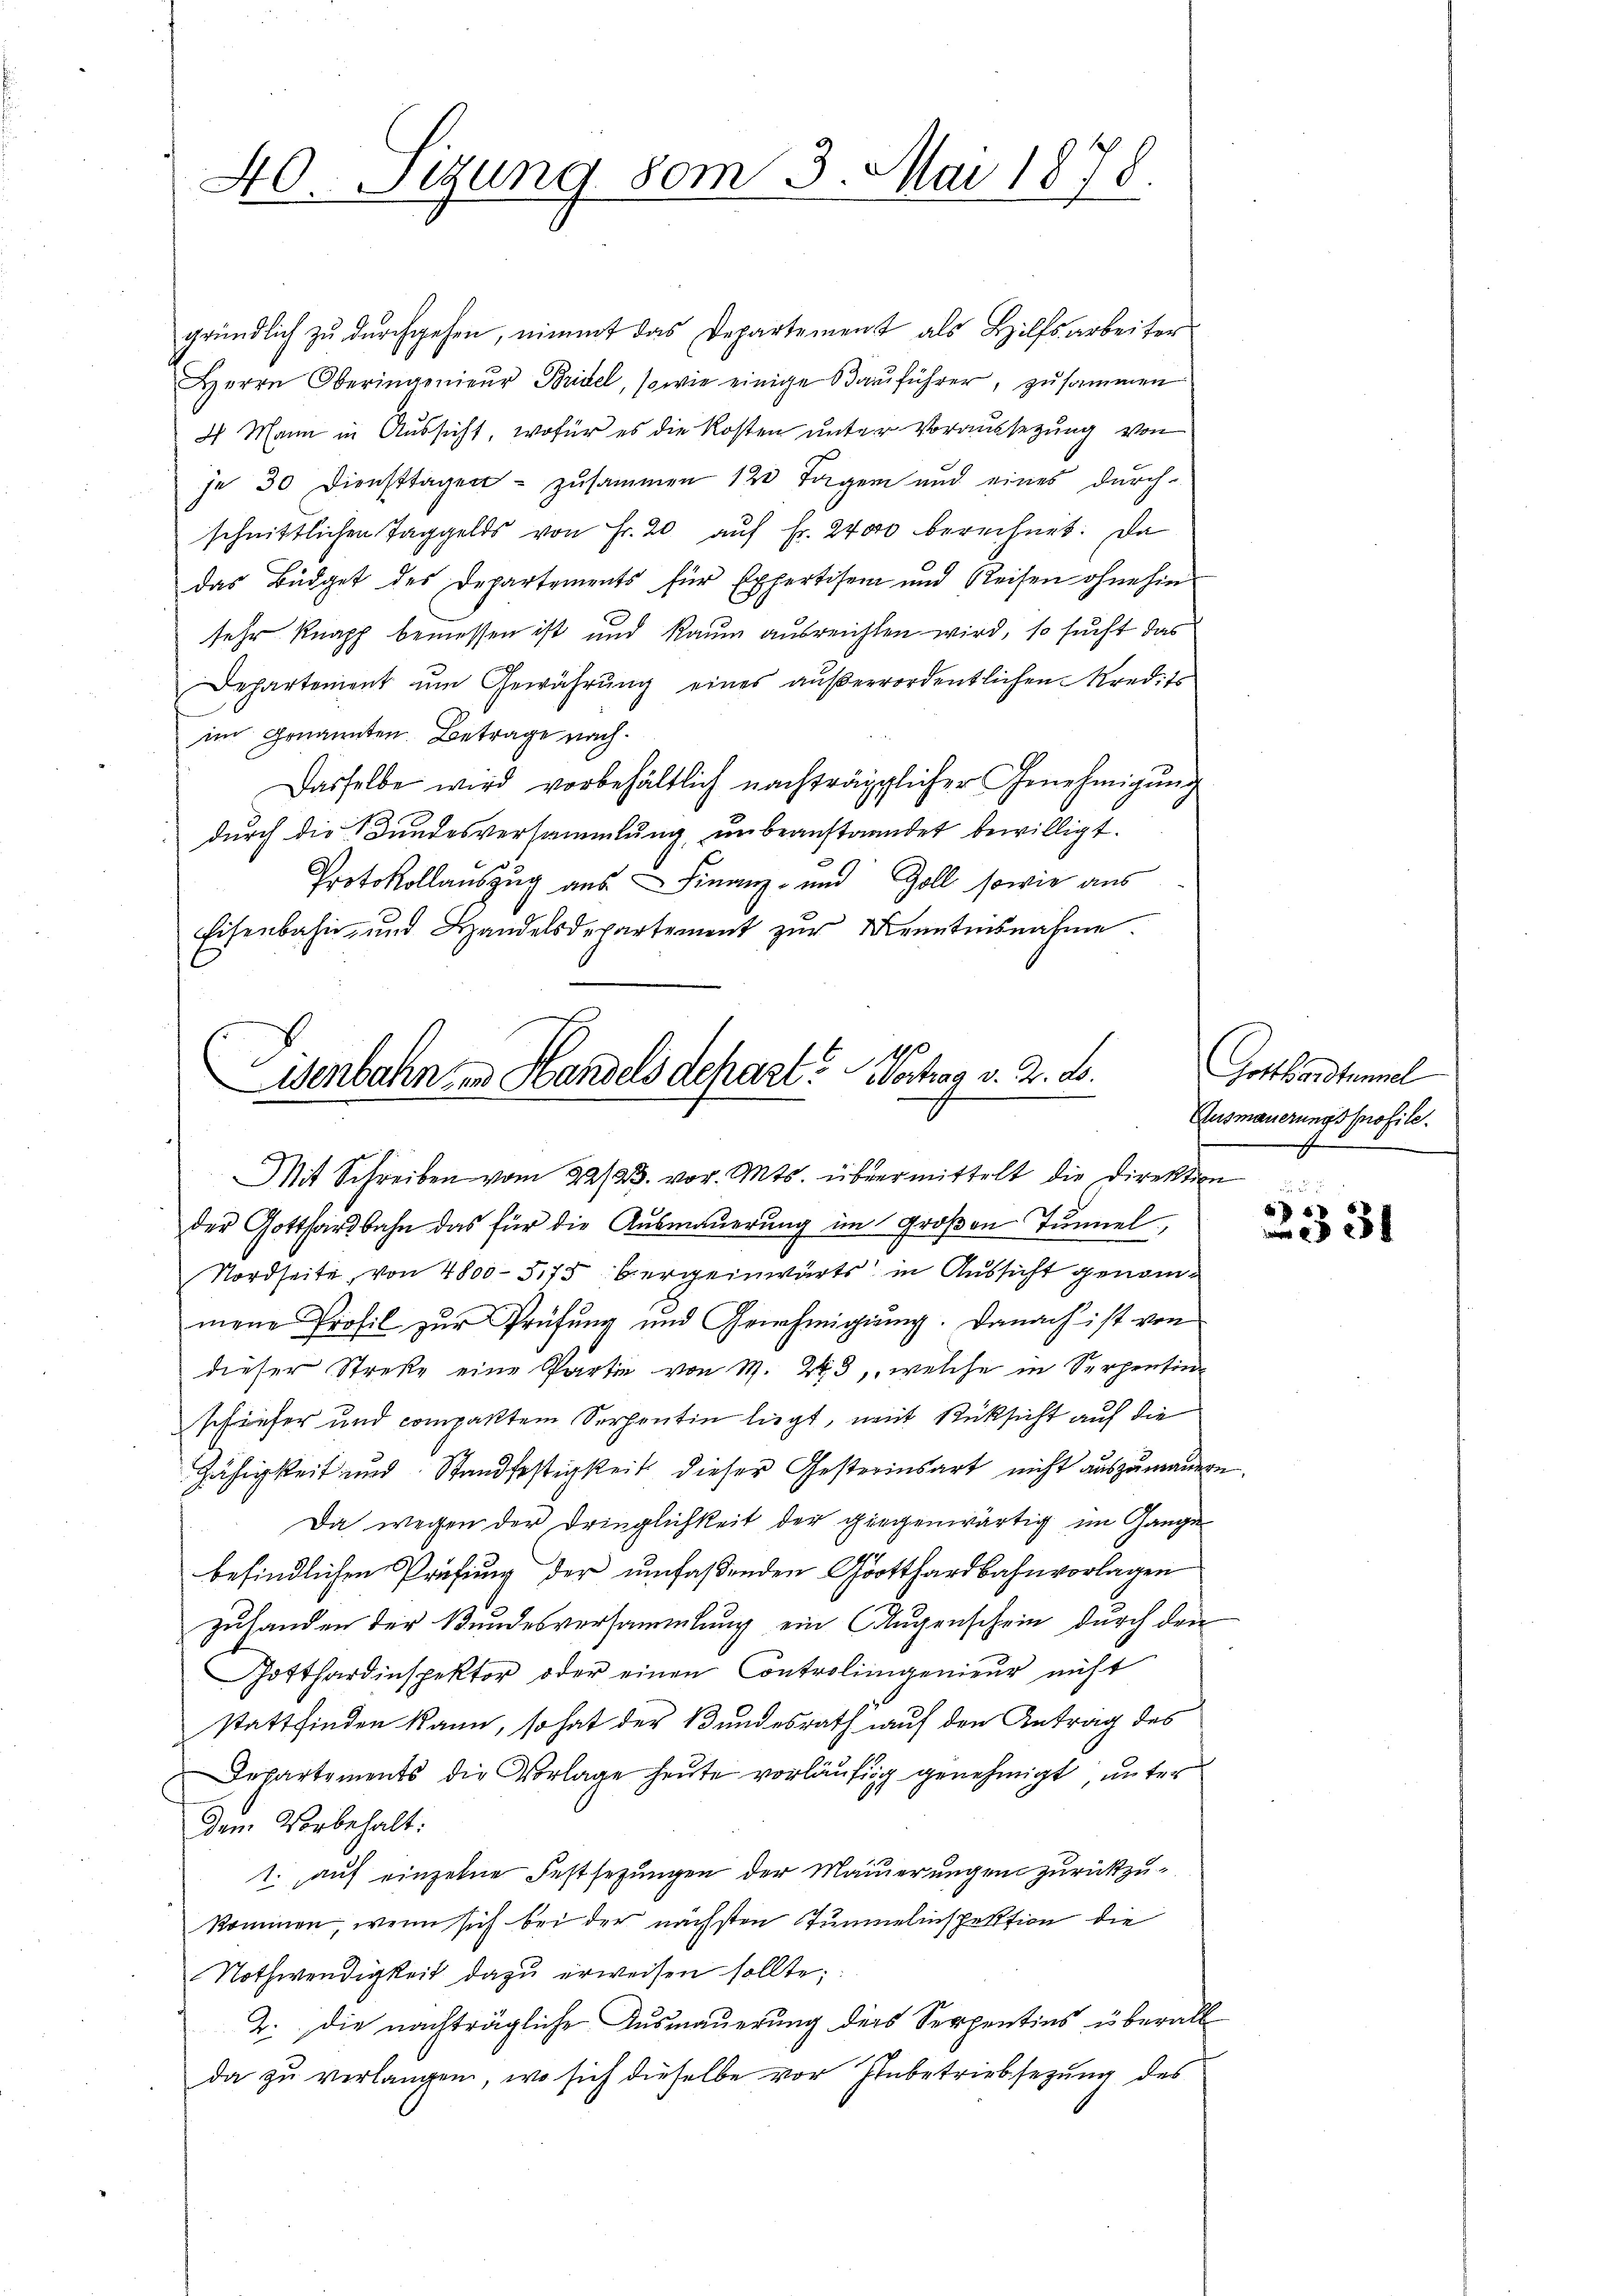
40. Sizung vom 3. Mai 1878.

gründlich zu durchgehen, nimmt das Departement als Hilfsarbeiter
Herrn Oberingenieŭr Bridel, sowie einige Bauführer, zusammen
4 Mann in Aussicht, wofür es die Kosten unter Voraussetzung von
je 30 Diensttagen - zusammen 120 Tagen und eines durch-
schnittlichen Taggelds von Fr. 20 auf Fr. 2400 berechnet. Da
das Büdget des Departements für Expertisem und Reisen ohne hin-
sehr knapf bemessen ist und Raum ausreichten wird, so sucht das
Departement um Gewährung eines außerordentlichen Kredits
im Genannten. Betrage nach¬
Dasselbe wird vorbehältlich nachträglicher Genehmigung
durch die Bundesversammlung, unbeanstaendet bewilligt.
Protokollauszug aus. Finanz- und Goll sowie aus
Eisenbahn und Handelsdepartement zur Kenntensnahme.

enbahn in Handels depart? Wortrag v. 2. B.
Mit Schreiben vom 22/23. vor. Mts. übermittelt die Direktion

der Gotthardbahn das für die Ausmauerung im Großen Tunnel,
Nordseite, von 4800-575 bergeinwärts in Aussicht genommene Profil zŭr Prüfŭng und Genehmigŭng. Danach ist von
dieser Streke eine Partie von M. 243, welche in Serpentin
schiefer und compakten Serpentin liegt, mit Rücksicht auf die
Zähigkeit und Standfestigkeit dieser Gesterinsart nicht auszumauern.
Da wegen der Dringlichkeit der giegenwärtig im Gange
befindlichen Prüfung der umfaßenden Gotthardbahnvorlagen
zuhanden der Bundesversammlung ein Augenschein durch drei
Gotthardinspektor oder einen Controlingenieur nicht
stattfinden kann, so hat der Bundesrath auf den Antrag des
Departements die Vorlage heute vorläufig genehmigt, unter
dem Vorbehalt:
1. auf einzelne Festsezungen der Mauerungen zurückzukommen, wenn sich bei der nächsten Tunnelinspektion die
Nothwendigkeit dazu erweisen sollte;
2. die nachträgliche Ausmauerung ders Seppentins überall
da zu verlangen, wo sich dieselbe vor Inbetriebsezung des

Gotthardtunnel
Ausmauerungsprofile.

331